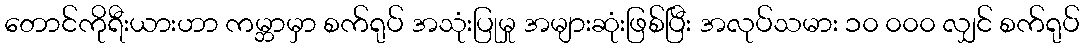
တောင်ကိုရီးယားဟာ ကမ္ဘာမှာ စက်ရုပ် အသုံးပြုမှု အများဆုံးဖြစ်ပြီး အလုပ်သမား ၁၀ ၀၀၀ လျှင် စက်ရုပ်